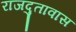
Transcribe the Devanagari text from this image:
राजदुतावास